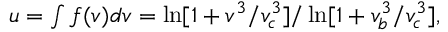
\begin{array} { r } { u = \int f ( v ) d v = \ln [ 1 + { v ^ { 3 } } / { v _ { c } ^ { 3 } } ] / \ln [ 1 + { v _ { b } ^ { 3 } } / { v _ { c } ^ { 3 } } ] , } \end{array}